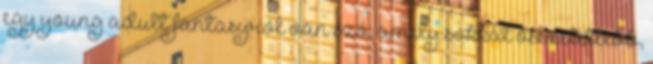
egy young adult fantasyról van szó, amely sokkal összetettebb,